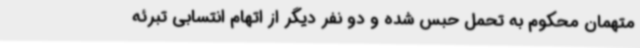
متهمان محکوم به تحمل حبس شده و دو نفر دیگر از اتهام انتسابی تبرئه